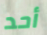
أحد